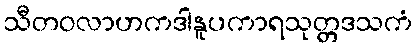
သီတဝလာဟကဒါနူပကာရသုတ္တဒသကံ